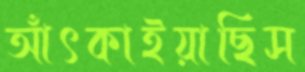
আঁৎকাইয়াছিস